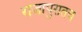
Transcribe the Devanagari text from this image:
राजापुरातच